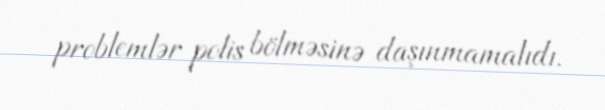
problemlər polis bölməsinə daşınmamalıdı.